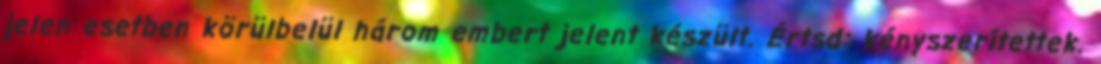
jelen esetben körülbelül három embert jelent készült. Értsd: kényszerítettek.